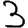
Digit: 3